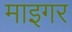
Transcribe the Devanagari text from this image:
माइगर